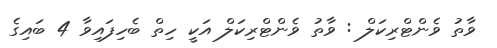
ވާތު ވެންޓްރިކަލް : ވާތު ވެންޓްރިކަލް އަކީ ހިތް ބެހިފައިވާ 4 ބައިގެ